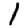
Digit: 1